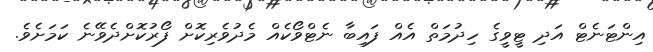
އިންޓަނެޓް އަދި ޓީވީގެ ހިދުމަތް އެއް ފައިބާ ނެޓްވޯކެއް މެދުވެރިކޮށް ފޯރުކޮށްދެވޭނެ ކަމަށެވެ.